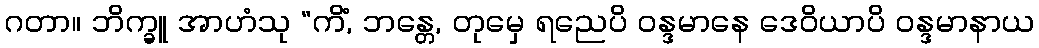
ဂတာ။ ဘိက္ခူ အာဟံသု “ကိံ, ဘန္တေ, တုမှေ ရညေပိ ဝန္ဒမာနေ ဒေဝိယာပိ ဝန္ဒမာနာယ